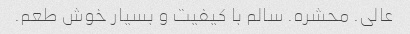
عالی. محشره. سالم با کیفیت و بسیار خوش طعم.